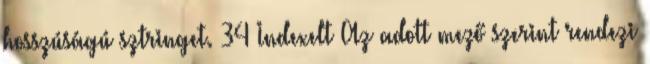
hosszúságú sztringet. 34 Indexelt Az adott mező szerint rendezi